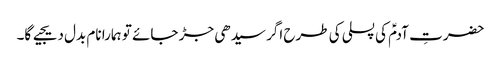
حضرتِ آدمؑ کی پسلی کی طرح اگر سیدھی جڑ جائے تو ہمارا نام بدل دیجیے گا۔